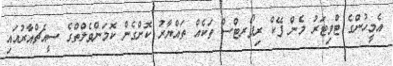
އެމީހުންގެ ޓްވިޓަރު މެން ފޭކް ރިޕޯރޓްސް ތަކެއް ތައްޔާރު ކޮށްގެން ކޮމަންވެލްތްގެ ސީއެޗްއާރުއައި